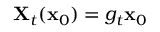
\mathbf { X } _ { t } ( { \mathbf { x } } _ { 0 } ) = g _ { t } \mathbf { x } _ { 0 }